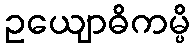
ဥယျောဓိကမ္ပိ